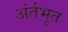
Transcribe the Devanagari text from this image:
अंर्तभूत